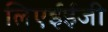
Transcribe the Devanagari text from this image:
लिएईईजी